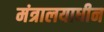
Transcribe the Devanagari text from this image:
मंत्रालयाधीन